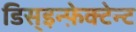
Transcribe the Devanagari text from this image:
डिस्इन्फ़ेक्टेन्ट